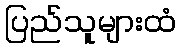
ပြည်သူများထံ